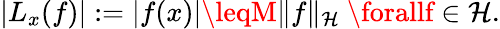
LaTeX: |L_{x}(f)|:=|f(x)|\leqM\| f\| _{\mathcal{H}}{\mathrm{{~}}}\forallf\in\mathcal{H}.